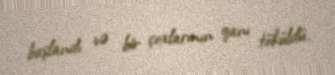
başlandı və bir çoxlarının qanı töküldü.